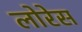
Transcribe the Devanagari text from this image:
लोरेस